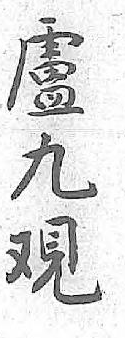
盧九覌